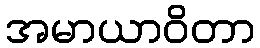
အမာယာဝိတာ